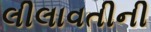
લીલાવતીની